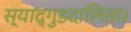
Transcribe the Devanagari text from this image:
स्याद्गुडदालिता।